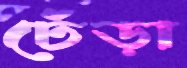
ঢেঁড়া